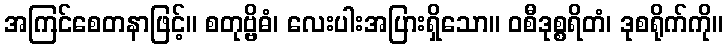
အကြင်စေတနာဖြင့်။ စတုဗ္ဗိဓံ၊ လေးပါးအပြားရှိသော။ ဝစီဒုစ္စရိတံ၊ ဒုစရိုက်ကို။